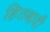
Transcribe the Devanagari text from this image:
हितबादी